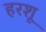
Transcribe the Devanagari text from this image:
हरशू